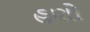
હણો